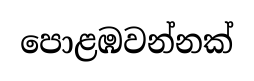
පොළඹවන්නක්